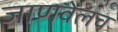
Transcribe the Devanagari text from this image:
जाणवेलच